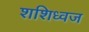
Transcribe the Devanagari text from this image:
शशिध्वज